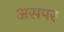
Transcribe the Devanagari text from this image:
असपर